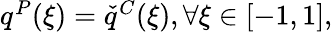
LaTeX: \begin{array}{r}{q^{P}(\xi)=\check{q}^{C}(\xi),\forall\xi\in[-1,1],}\end{array}